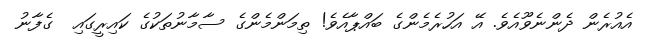
އެއުރެން ދެންނެވޫއެވެ. އޭ އަހުރެމެންގެ ބައްޕާއެވެ! ތިމަންމެންގެ ސާމާނުތަކުގެ ކައިރީގައި  ގެފާނު